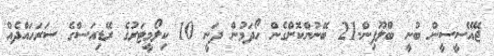
ޖޭއޭސީސީން ބުނީ ބްލޫފިން-21 ބޭނުންކޮށްގެން ހޯދަމުން ދަނީ 10 ކިލޯމީޓަރުގެ ރޭޑިއަސްގެ ސަރަހައްދެއް